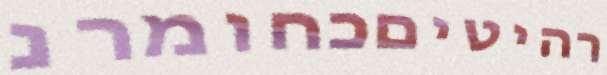
רהיטיםכחומרנ